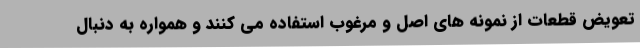
تعویض قطعات از نمونه های اصل و مرغوب استفاده می کنند و همواره به دنبال